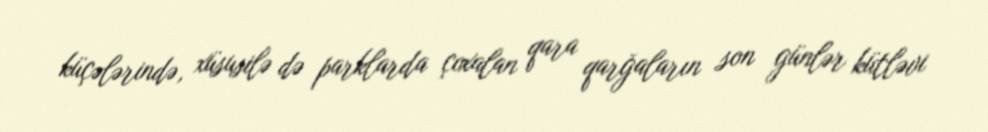
küçələrində, xüsusilə də parklarda çoxalan qara qarğaların son günlər kütləvi